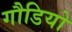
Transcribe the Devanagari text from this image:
गौडियो